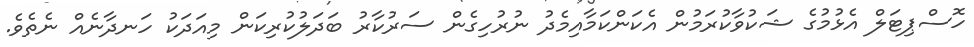
ހޮސްޕިޓަލް އެޅުމުގެ ޝަކުވާކުރަމުން އެކަންކަމާއިމެދު ނުރުހިގެން ސަރުކާރު ބަދަލުކުރިކަން މިއަދަކު ހަނދާނެއް ނެތެވެ.